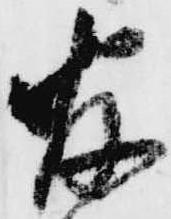
官